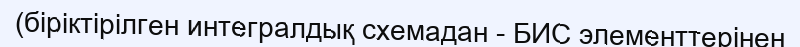
(біріктірілген интегралдық схемадан - БИС элементтерінен